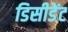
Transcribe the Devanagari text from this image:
डिसीडेंट